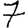
Digit: 7